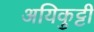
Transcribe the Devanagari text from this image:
अयिकुट्टी